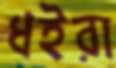
ধইরা